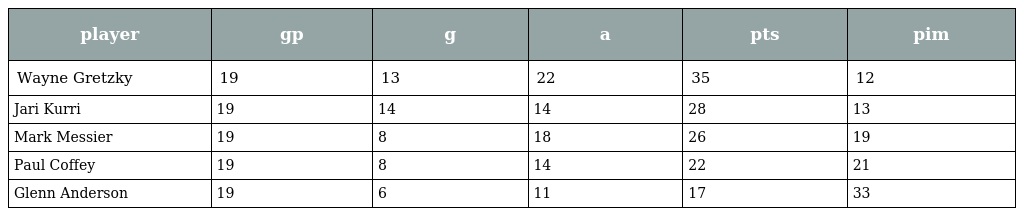
| player | gp | g | a | pts | pim |
 | --- | --- | --- | --- | --- | --- |
 | Wayne Gretzky | 19 | 13 | 22 | 35 | 12 |
 | Jari Kurri | 19 | 14 | 14 | 28 | 13 |
 | Mark Messier | 19 | 8 | 18 | 26 | 19 |
 | Paul Coffey | 19 | 8 | 14 | 22 | 21 |
 | Glenn Anderson | 19 | 6 | 11 | 17 | 33 |